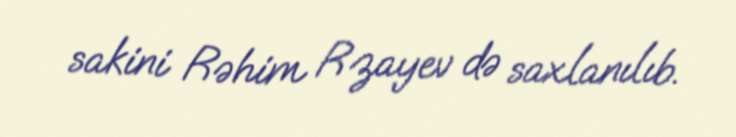
sakini Rəhim Rzayev də saxlanılıb.